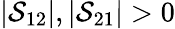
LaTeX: |\mathcal{S}_{12}|,|\mathcal{S}_{21}|>0